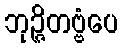
ဘုဉ္ဇိတဗ္ဗံပေ